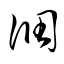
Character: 凋